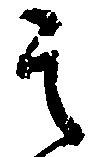
其